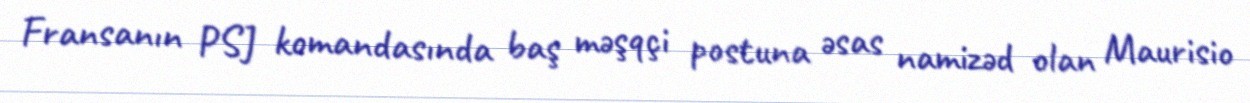
Fransanın PSJ komandasında baş məşqçi postuna əsas namizəd olan Maurisio